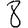
Digit: 8